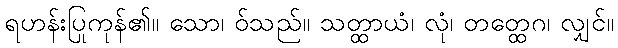
ရဟန်းပြုကုန်၏။ သော၊ ဝ်သည်။ သတ္ထာယံ၊ လုံ၊ တတ္ထေဂ၊ လျှင်။